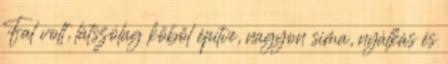
Fal volt, látszólag kőből építve, nagyon sima, nyálkás és